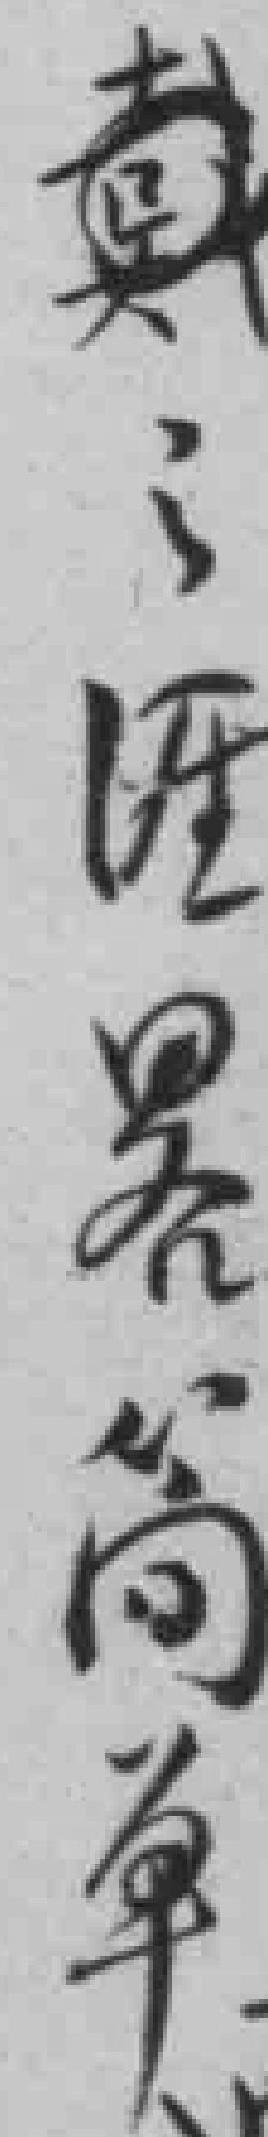
*之涯畧简单